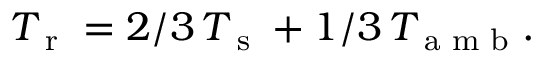
T _ { \textup { r } } = 2 / 3 \, T _ { \textup { s } } + 1 / 3 \, T _ { \textup { a m b } } .